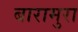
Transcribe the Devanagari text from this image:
बारामुरा